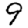
Digit: 9